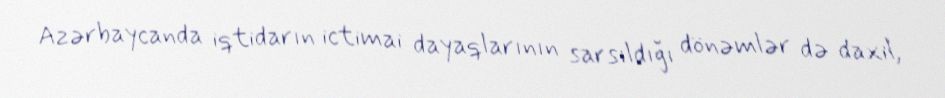
Azərbaycanda iqtidarın ictimai dayaqlarının sarsıldığı dönəmlər də daxil,